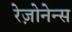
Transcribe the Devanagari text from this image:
रेज़ोनेन्स